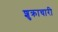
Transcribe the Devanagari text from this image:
शुक्राचारी